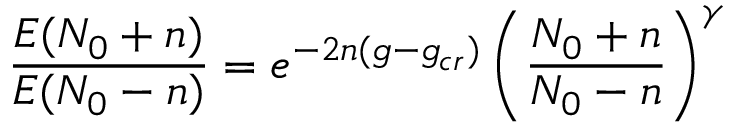
{ \frac { E ( N _ { 0 } + n ) } { E ( N _ { 0 } - n ) } } = e ^ { - 2 n ( g - g _ { c r } ) } \left( { \frac { N _ { 0 } + n } { N _ { 0 } - n } } \right) ^ { \gamma }